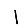
Digit: 1